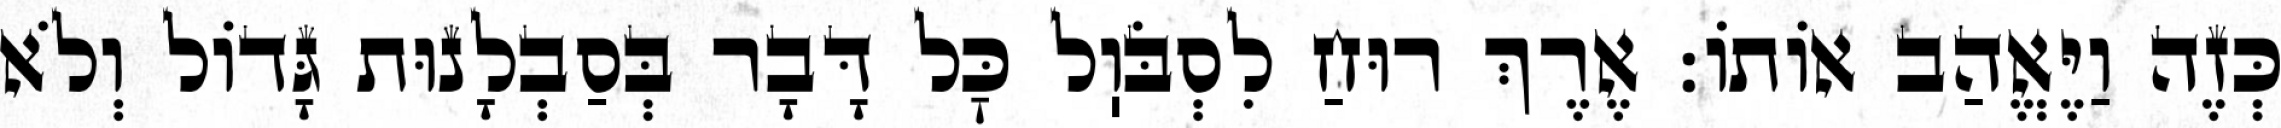
כְּזֶה וַיֶּאֱהַב אוֹתוֹ: אֶרֶךְ רוּחַ לִסְבֹּוֽל כׇּל דָּבָר בְּסַבְלָנוּת גָּדוֹל וְלֹא